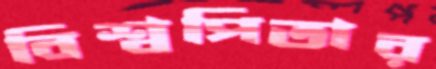
বিশ্বপিতার